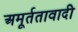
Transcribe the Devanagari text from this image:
अमूर्ततावादी